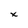
Character: x